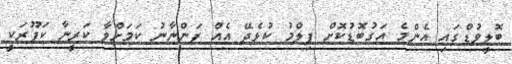
ބޮލީވުޑްގައި އެންމެ އަގުބޮޑުކޮށް ފިލްމު ކުޅެދޭ އެއް ފަންނާނު ކަމަށްވާ ކަރީނާ ކަޕޫރަކީ